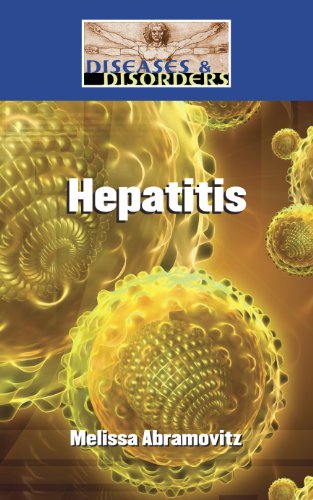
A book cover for Hepatitis (Diseases and Disorders); Melissa Abramovitz; Health, Fitness & Dieting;